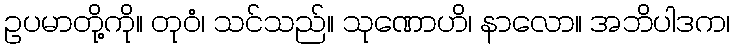
ဥပမာတို့ကို။ တုဝံ၊ သင်သည်။ သုဏောဟိ၊ နာလော။ အဘိပါဒက၊